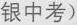
银中考)